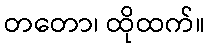
တတော၊ ထိုထက်။